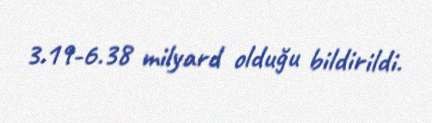
3.19-6.38 milyard olduğu bildirildi.